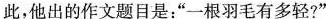
此，他出的作文题目是：”一根羽毛有多轻?”